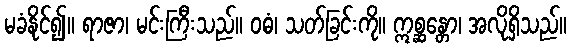
မခံနိုင်၍။ ရာဇာ၊ မင်းကြီးသည်။ ဝဓံ၊ သတ်ခြင်းကို။ ဣစ္ဆန္တော၊ အလိုရှိသည်။